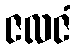
ဇလဇံ